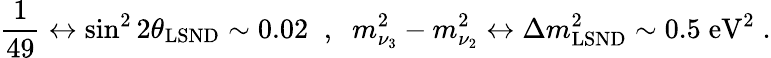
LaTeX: \frac{1}{49}\leftrightarrow\sin^{2}2\theta_{\mathrm{LSND}}\sim 0.02\; \; ,\; \; m_{\nu_{3}}^{2}-m_{\nu_{2}}^{2}\leftrightarrow\Delta m_{\mathrm{LSND}}^{2}\sim 0.5\; \mathrm{eV}^{2}\; .